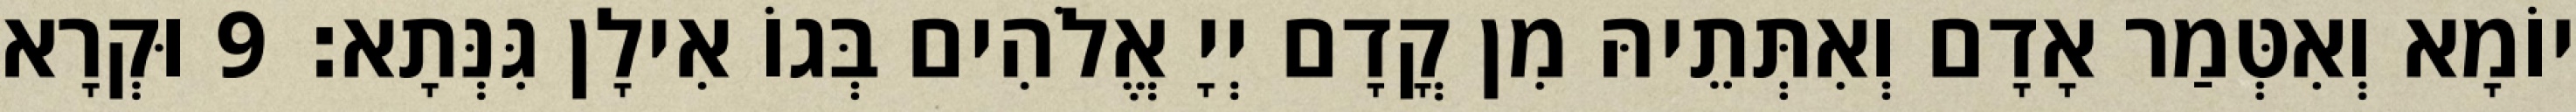
יוֹמָא וְאִטְּמַר אָדָם וְאִתְּתֵיהּ מִן קֳדָם יְיָ אֱלֹהִים בְּגוֹ אִילָן גִּנְּתָא׃ 9 וּקְרָא